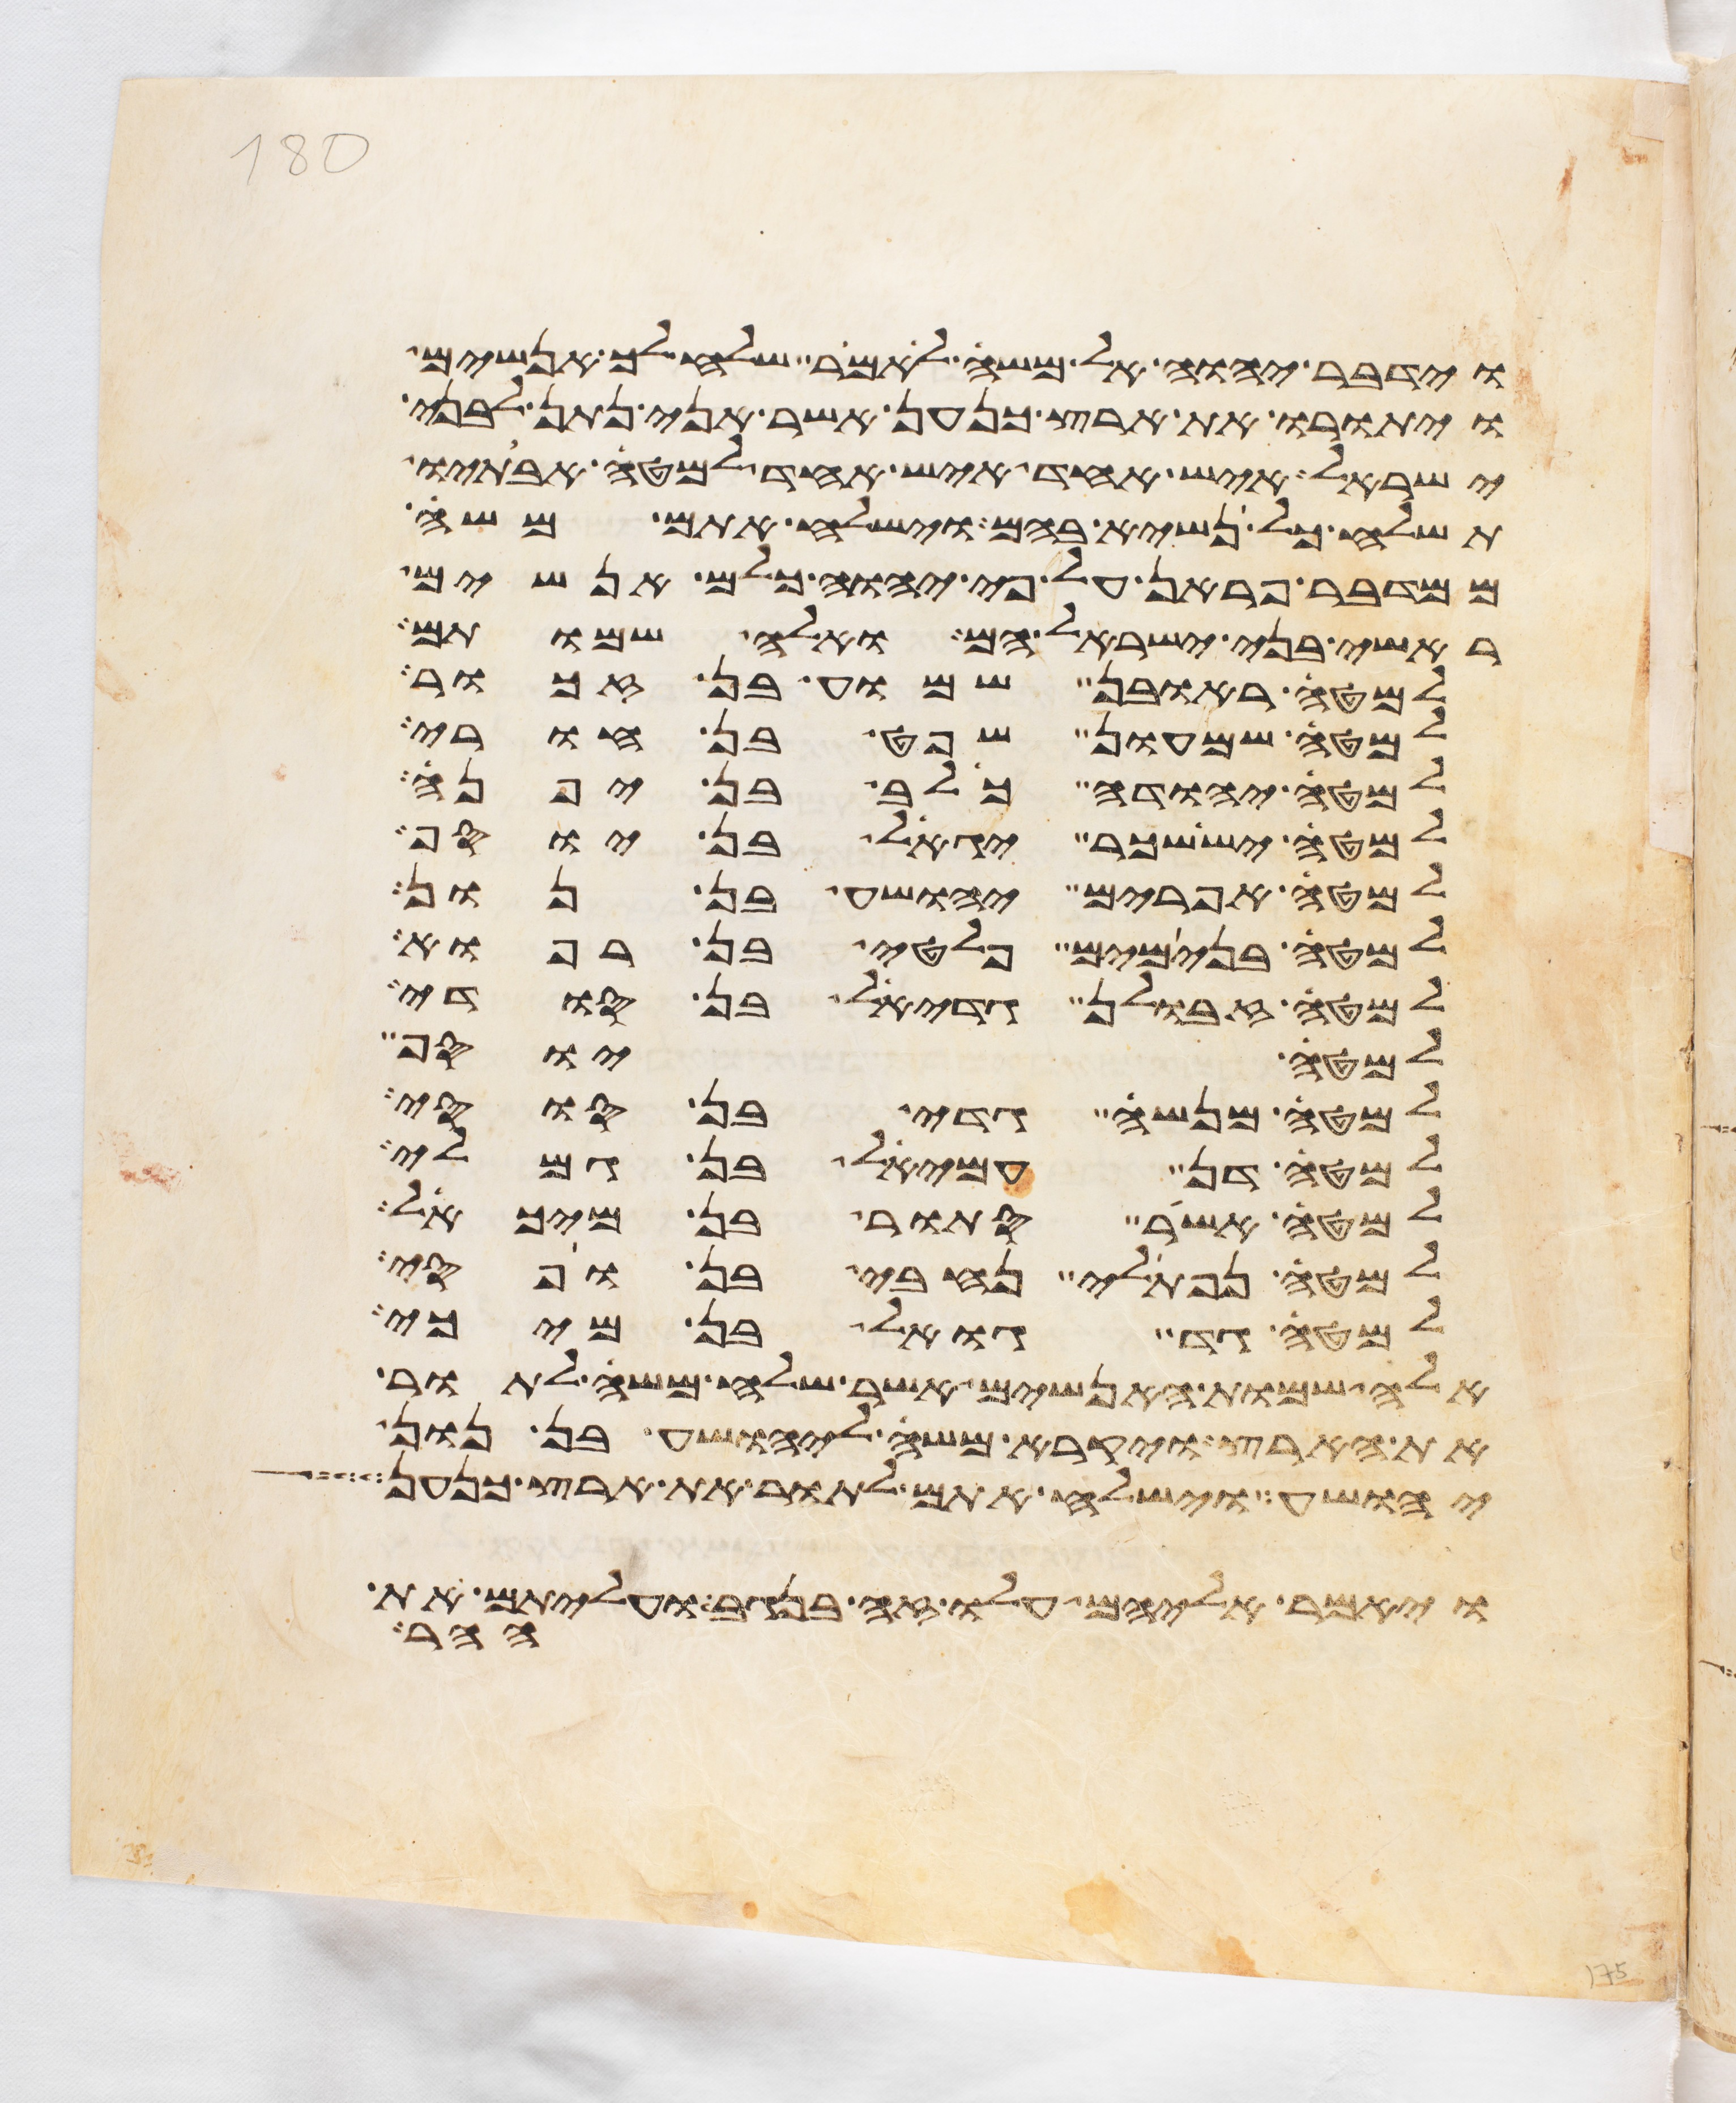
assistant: וידבר יהוה אל משה לאמר שלח לך אנשים
ויתורו את ארץ כנען אשר אני נתן לבני
ישראל איש אחד איש אחד למטה אבתיו
תשלח כל נשיא בהם וישלח אתם משה
ממדבר פראן על פי יהוה כלם אנשים
ראשי בני ישראל הם ואלה שמותם
למטה ראובן שמוע בן זכור
למטה שמעון שפט בן חורי
למטה יהודה כלב בן יפנה
למטה יששכר יגאל בן יוסף
למטה אפרים יהושע בן נון
למטה בנימים פלטי בן רפוא
למטה זבולן גדיאל בן סודי
למטה יוסף
למטה מנשה גדי בן סוסי
למטה דן עמיאל בן גמלי
למטה אשר סתור בן מיכאל
למטה נפתלי נחבי בן ופסי
למטה גד גואל בן מיכי
אלה שמות האנשים אשר שלח משה לתור
את הארץ ויקרא משה ליהושע בן נון
יהושע וישלח אתם לתור את ארץ כנען
ויאמר אליהם עלו זה בנגב ועליתם את
ההר